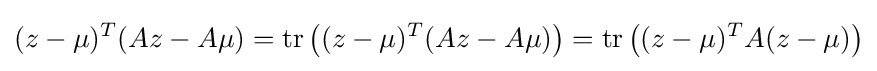
(z-\mu )^{T}(Az-A\mu )=\operatorname {tr} \left({(z-\mu )^{T}(Az-A\mu )}\right)=\operatorname {tr} \left((z-\mu )^{T}A(z-\mu )\right)